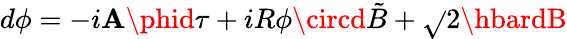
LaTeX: d\phi=-i{\cal\mathbf{A}}\phid\tau+iR\phi\circd\tilde{{B}}+\sqrt{}{{2}}\hbardB